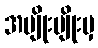
အမျိုးမျိုးမှ